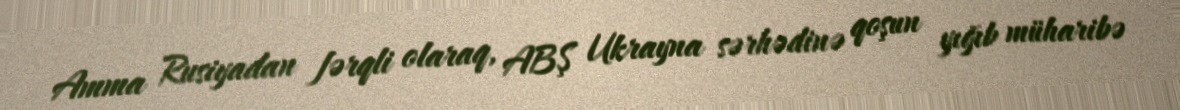
Amma Rusiyadan fərqli olaraq, ABŞ Ukrayna sərhədinə qoşun yığıb müharibə